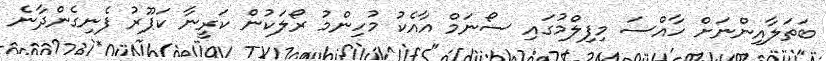
ބަތަލާއިންނަށް ހާއްސަ މިފިލްމުގައި ސޯނަމް އާއެކު މުހިންމު ރޯލަކުން ކަރީނާ ކަޕޫރު ފެނިގެންދާނެ